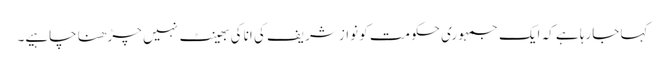
کہا جارہا ہے کہ ایک جمہوری حکومت کو نواز شریف کی انا کی بھینٹ نہیں چڑھنا چاہیے۔